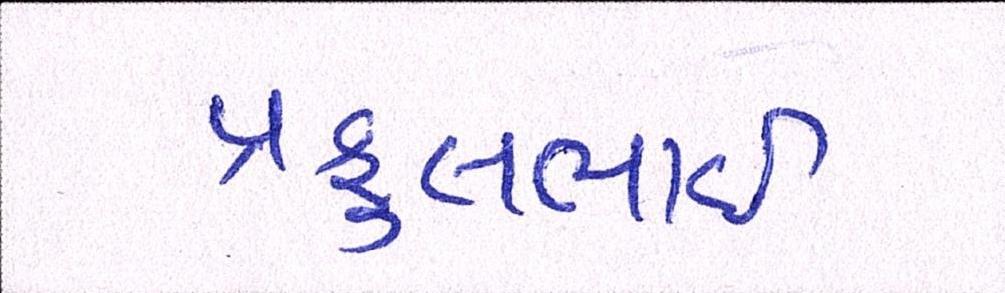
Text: પ્રફુલભાઈ